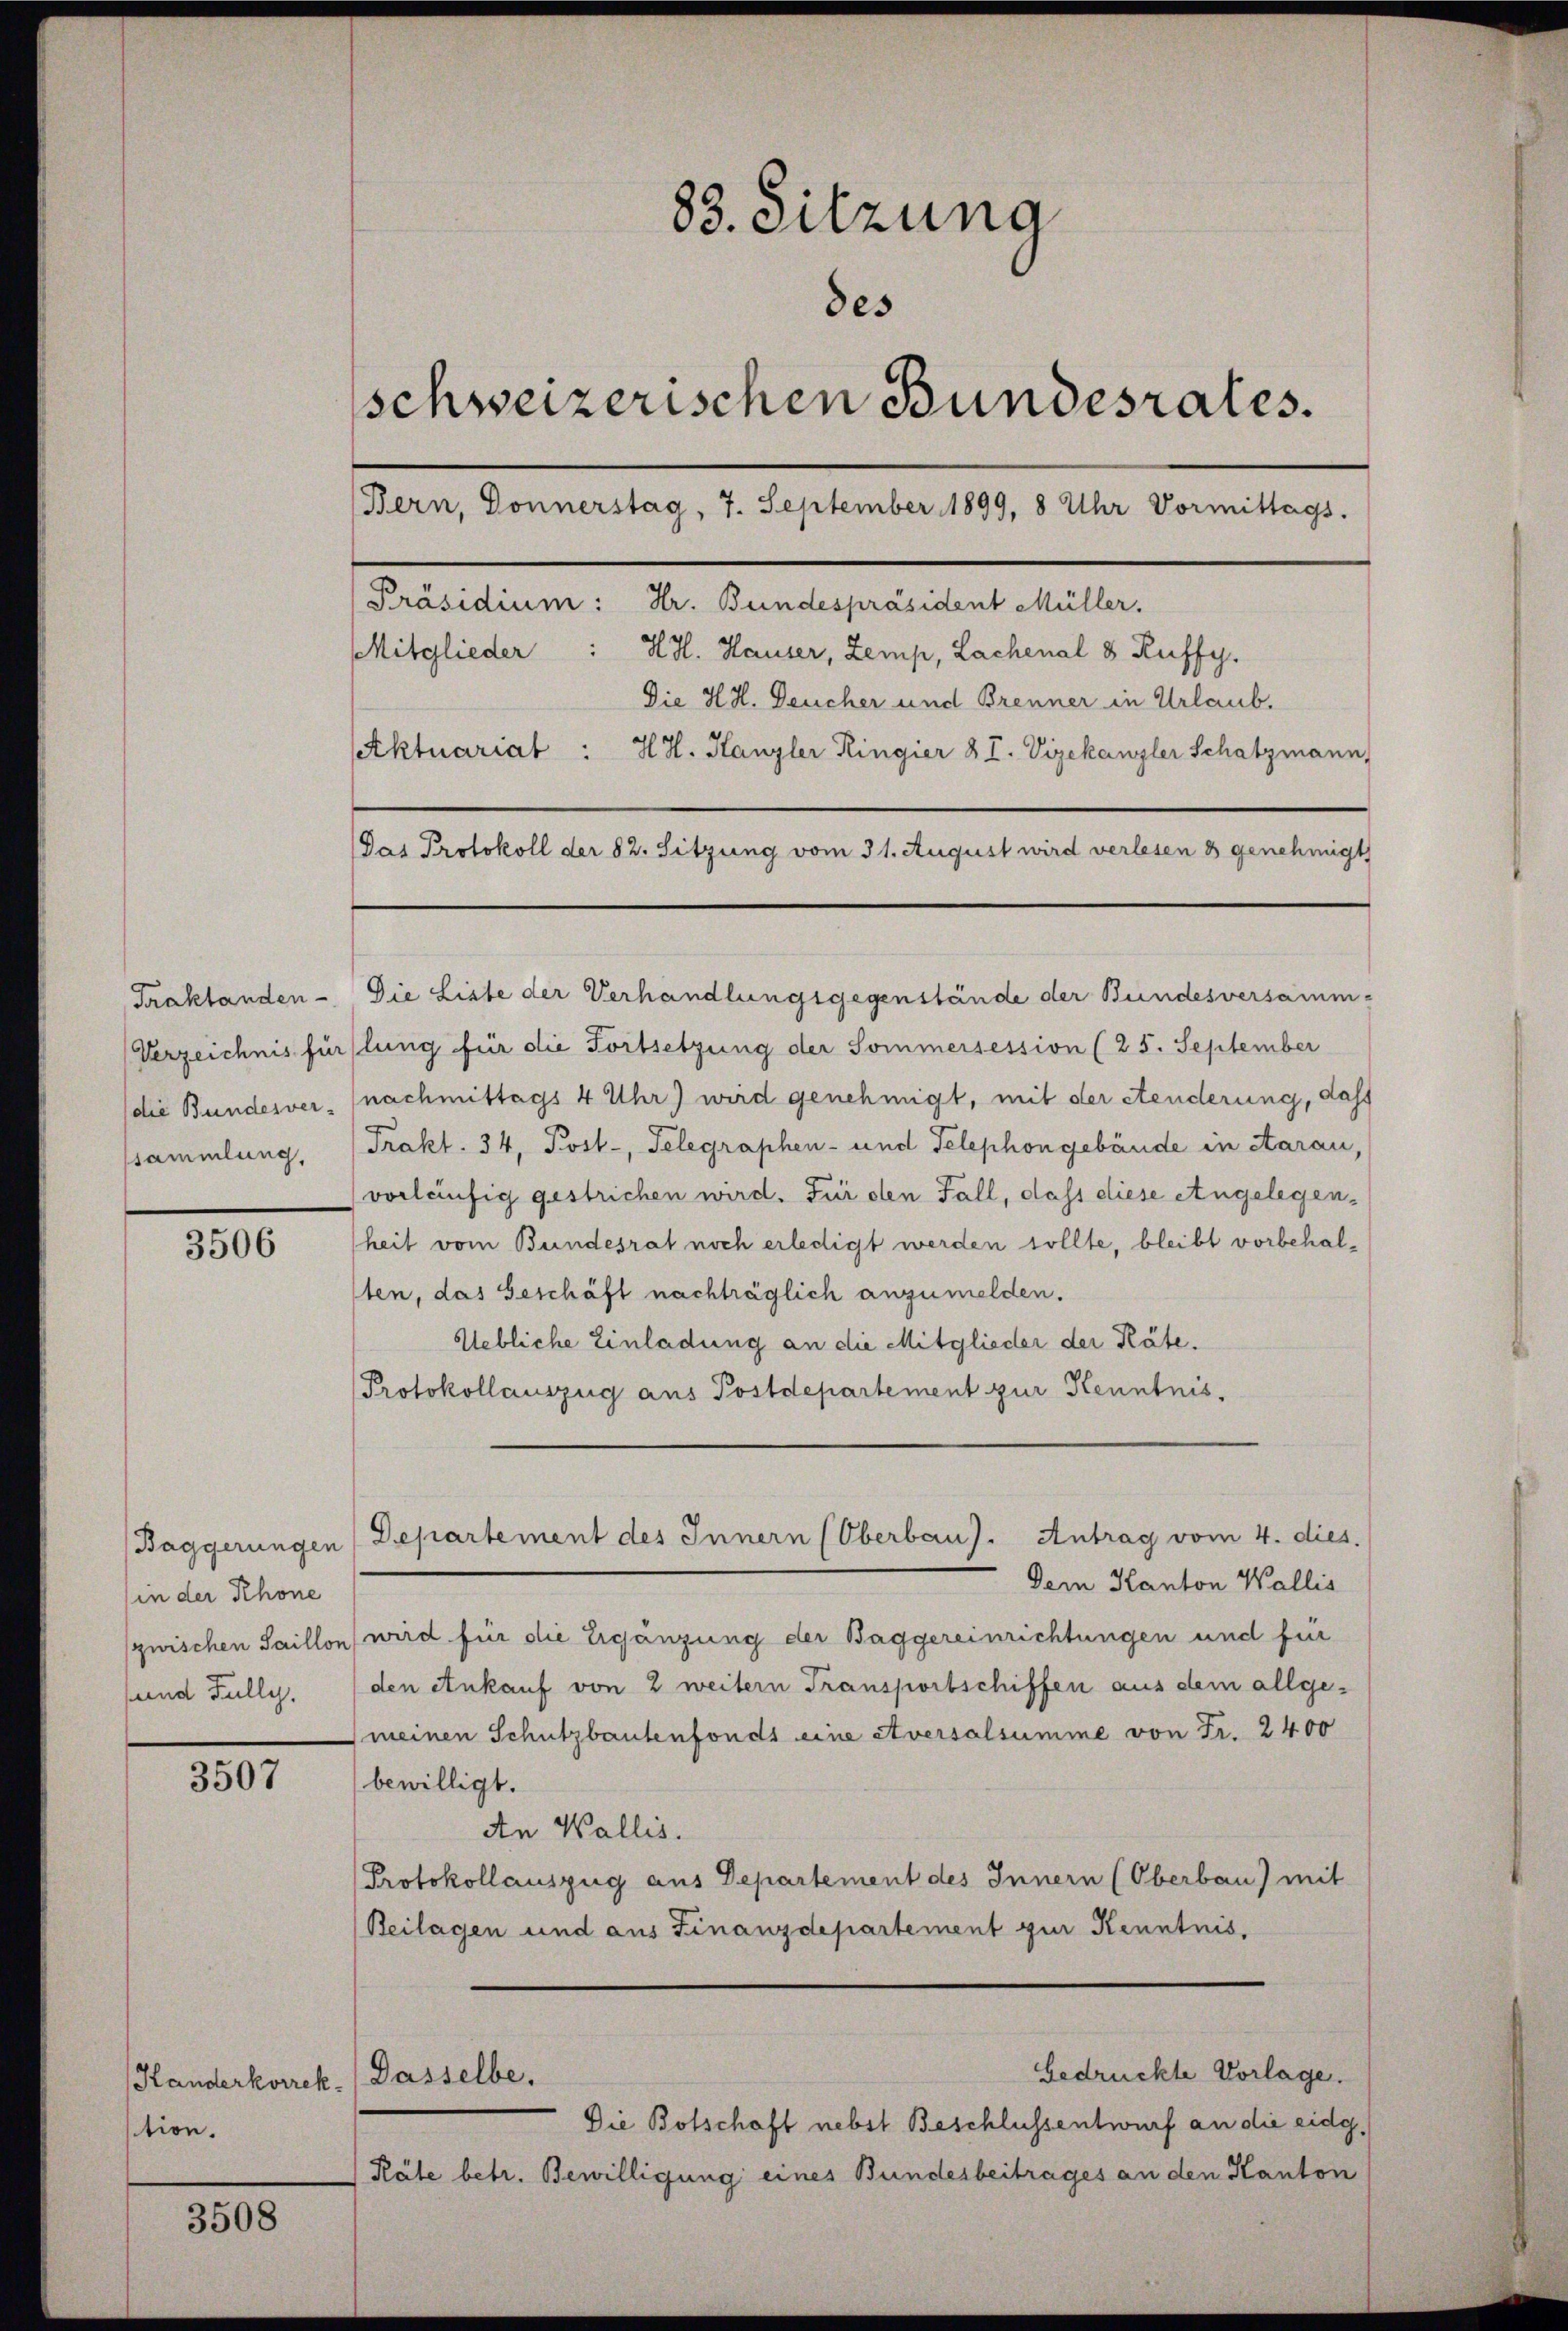
Traktanden
Verzeichnis für
die Bundesver-
ssammlung,

3506

Baggerungen
(in der Rhone
zwischen Saillon
sund Fully,

3507

Handerkorrek. Dasselbe.
tion.

3508

88. Sitzung
des
schweizerischen Bundesrates.
Bern, Donnerstag, 7. September 1899, 8 Uhr Vormittags.
[Präsidium: Hr. Bundespräsident Müller.
Mitglieder : HH. Hauser, Zemp, Lachenal 8 Ruffy.
Die H.H. Deucher und Brenner in Urlaub.
Aktuariat :
H. H. Hanzler Ringier § I. Vizekanzler Schatzmann,
Das Protokoll der 82. Sitzung vom 31. August wird verlesen 8 genehmigt

Die Liste der Verhandlungsgegenstände der Bundesversamm-
lung für die Fortsetzung der Sommersession (25. September
nachmittags 4 Uhr) wird genehmigt, mit der etenderung, dass
Trakt. 34, Post-, Telegraphen- und Telephongebäude in Aarau,
vorläufig gestrichen wird. Für den Fall, dass diese Angelegenheit vom Bundesrat noch erledigt werden sollte, bleibt vorbehalten, das Geschäft nachträglich anzumelden.
Uebliche Einladung an die Mitglieder der Räte.
Protokollauszug aus Postdepartement zur Kenntnis.
Departement des Innern (Oberbau). Antrag vom 4. dies.
Dern Kanton Wallis
wird für die Ergänzung der Baggereinrichtungen und für
den Ankauf von 2 weitern Transportschiffen aus dem allge-
meinen Schutzbautenfonds eine Aversalsumme von Fr. 2400
bewilligt.
An Wallis.
Protokollauszug aus Departement des Innern (Oberbau) mit
Beilagen und aus Finanzdepartement zur Kenntnis,

bedrückte Vorlage.
Die Botschaft nebst Beschlussentwurf an die eidg.
Käle betr. Bewilligung eines Bundesbeitrages an den Kanton